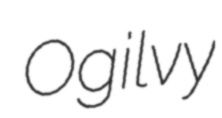
Ogilvy